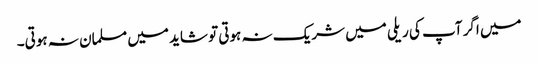
میں اگر آپ کی ریلی میں شریک نہ ہوتی تو شاید میں مسلمان نہ ہوتی۔